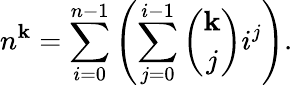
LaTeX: n^{\mathbf{k}}=\sum_{i=0}^{n-1}\left(\sum_{j=0}^{i-1}{\binom{\mathbf{k}}{j}}i^{j}\right).